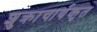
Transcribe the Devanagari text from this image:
शुक्राचार्यकृत